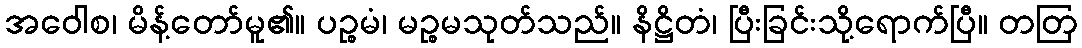
အဝေါစ၊ မိန့်တော်မူ၏။ ပဉ္စမံ၊ မဉ္စမသုတ်သည်။ နိဋ္ဌိတံ၊ ပြီးခြင်းသို့ရောက်ပြီ။ တတြ